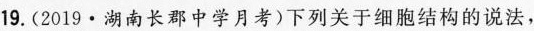
19.(2019·湖南长郡中学月考)下列关于细胞结构的说法，